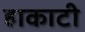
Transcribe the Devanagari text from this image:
हाकाटी